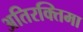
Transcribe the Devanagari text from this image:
अतिरक्तिमा